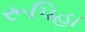
રૂપિહા